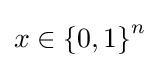
x\in \left\{0,1\right\}^{n}